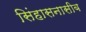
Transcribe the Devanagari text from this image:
सिंहासनासीब